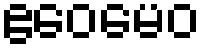
ဧဝေမေဝ